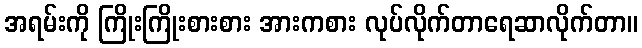
အရမ်းကို ကြိုးကြိုးစားစား အားကစား လုပ်လိုက်တာရေဆာလိုက်တာ။